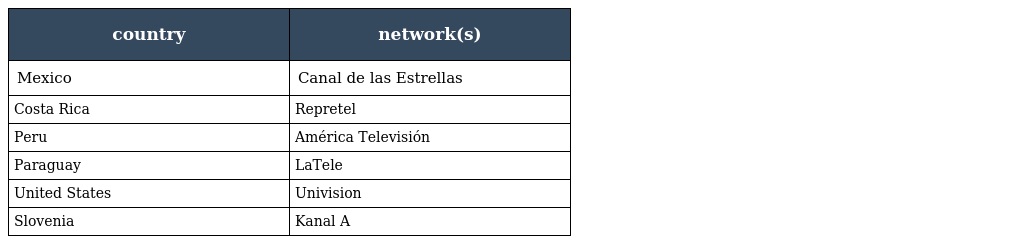
| country | network(s) |
 | --- | --- |
 | Mexico | Canal de las Estrellas |
 | Costa Rica | Repretel |
 | Peru | América Televisión |
 | Paraguay | LaTele |
 | United States | Univision |
 | Slovenia | Kanal A |